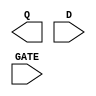
module sky130_fd_sc_ls__dlxtp (
    Q   ,
    D   ,
    GATE
);

    output Q   ;
    input  D   ;
    input  GATE;

    // Voltage supply signals
    supply1 VPWR;
    supply0 VGND;
    supply1 VPB ;
    supply0 VNB ;

endmodule